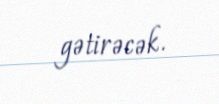
gətirəcək.